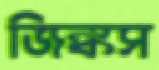
জিঙ্কস